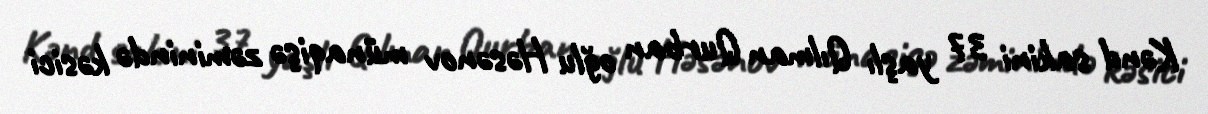
Kənd sakini 37 yaşlı Qılman Qurban oğlu Həsənov münaqişə zəminində kəsici